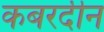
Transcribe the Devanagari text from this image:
कबरदीन